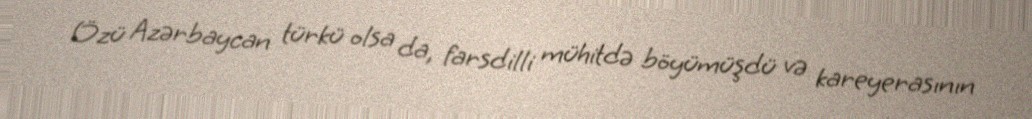
Özü Azərbaycan türkü olsa da, farsdilli mühitdə böyümüşdü və kareyerasının